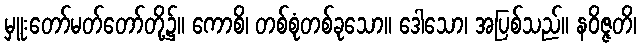
မှူးတော်မတ်တော်တို့၌။ ကောစိ၊ တစ်စုံတစ်ခုသော။ ဒေါသော၊ အပြစ်သည်။ နဝိဇ္ဇတိ၊